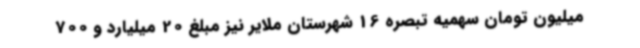
میلیون تومان سهمیه تبصره 16 شهرستان ملایر نیز مبلغ 20 میلیارد و 700